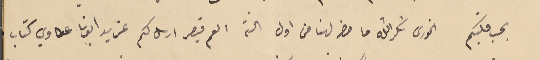
بحب قلبكم الخورى شكرالله ما حضر لهنا من اول السنة العم قيصر ارسل لكم عن يد ابونا عكاوي كتاب